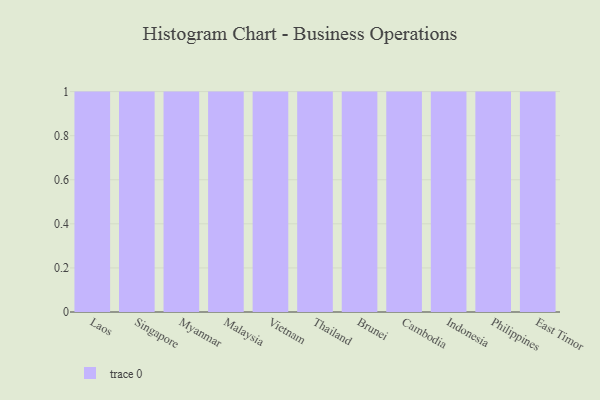
{"axis": {"x": "Country", "y": "Conversion Rate (%)"}, "legend": [""], "data": [{"x": "Laos", "y": 7, "type": ""}, {"x": "Singapore", "y": 61, "type": ""}, {"x": "Myanmar", "y": 48, "type": ""}, {"x": "Malaysia", "y": 43, "type": ""}, {"x": "Vietnam", "y": 26, "type": ""}, {"x": "Thailand", "y": 81, "type": ""}, {"x": "Brunei", "y": 36, "type": ""}, {"x": "Cambodia", "y": 11, "type": ""}, {"x": "Indonesia", "y": 40, "type": ""}, {"x": "Philippines", "y": 29, "type": ""}, {"x": "East Timor", "y": 8, "type": ""}]}